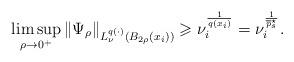
LaTeX: \begin{align*} \limsup_{\rho\to0^{+}}\|\Psi_{\rho}\|_{L^{q(\cdot)}_{\nu}(B_{2\rho}(x_i))}\geqslant \nu_{i}^{\frac{1}{q(x_i)}}=\nu_{i}^{\frac{1}{\overline{p}^{\star}_{s}}}. \end{align*}